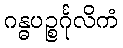
ဂန္ဓပဉ္စင်္ဂုလိကံ